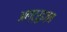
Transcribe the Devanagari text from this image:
अल्ट्रूइज़म